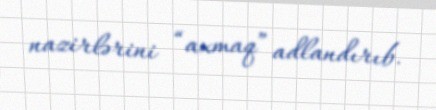
nazirlərini “axmaq” adlandırıb.